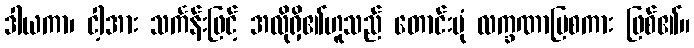
ဒါယကာ၊ ငါ့အား သင်္ကန်းဖြင့် အလိုရှိ၏ဟူသည် တောင်းပုံ လက္ခဏာပြစကား ဖြစ်၏။